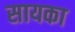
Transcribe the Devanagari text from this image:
सायका